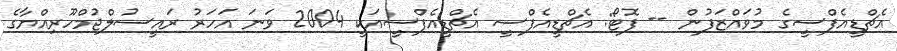
އެޗްޑީއެފްސީގެ މުވައްޒަފުން -- ފޮޓޯ: އެޗްޑީއެފްސީ އެޗްޑީއެފްސީއަކީ 2004 ވަނަ އަހަރު ރައީސުލްޖުމްހޫރިއްޔާގެ